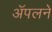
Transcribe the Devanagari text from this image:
ॲपलने